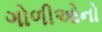
ગોળીઓનો